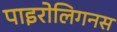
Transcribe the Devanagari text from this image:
पाइरोलिगनस